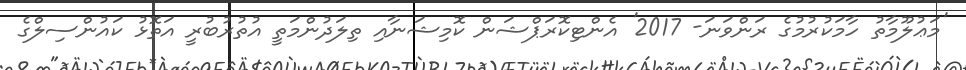
'މަޢުލޫމާތު ހާމަކުރުމުގެ ރަންވަނަ- 2017' އެންޓިކޮރަޕްޝަން ކޮމިޝަނާއި ތިލަދުންމަތީ އުތުރުބުރީ އަތޮޅު ކައުންސިލްގެ